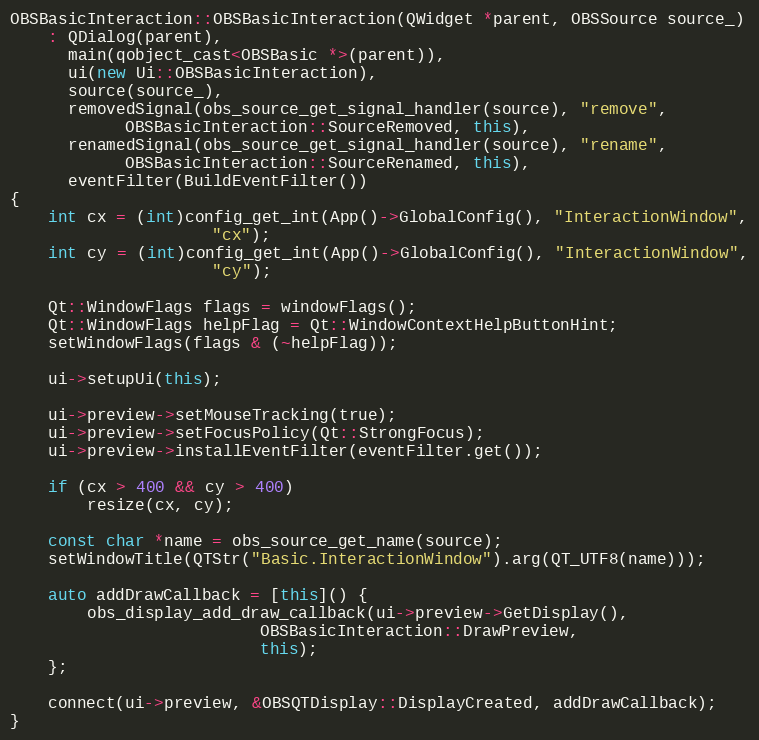
Language: C++
OBSBasicInteraction::OBSBasicInteraction(QWidget *parent, OBSSource source_)
	: QDialog(parent),
	  main(qobject_cast<OBSBasic *>(parent)),
	  ui(new Ui::OBSBasicInteraction),
	  source(source_),
	  removedSignal(obs_source_get_signal_handler(source), "remove",
			OBSBasicInteraction::SourceRemoved, this),
	  renamedSignal(obs_source_get_signal_handler(source), "rename",
			OBSBasicInteraction::SourceRenamed, this),
	  eventFilter(BuildEventFilter())
{
	int cx = (int)config_get_int(App()->GlobalConfig(), "InteractionWindow",
				     "cx");
	int cy = (int)config_get_int(App()->GlobalConfig(), "InteractionWindow",
				     "cy");

	Qt::WindowFlags flags = windowFlags();
	Qt::WindowFlags helpFlag = Qt::WindowContextHelpButtonHint;
	setWindowFlags(flags & (~helpFlag));

	ui->setupUi(this);

	ui->preview->setMouseTracking(true);
	ui->preview->setFocusPolicy(Qt::StrongFocus);
	ui->preview->installEventFilter(eventFilter.get());

	if (cx > 400 && cy > 400)
		resize(cx, cy);

	const char *name = obs_source_get_name(source);
	setWindowTitle(QTStr("Basic.InteractionWindow").arg(QT_UTF8(name)));

	auto addDrawCallback = [this]() {
		obs_display_add_draw_callback(ui->preview->GetDisplay(),
					      OBSBasicInteraction::DrawPreview,
					      this);
	};

	connect(ui->preview, &OBSQTDisplay::DisplayCreated, addDrawCallback);
}